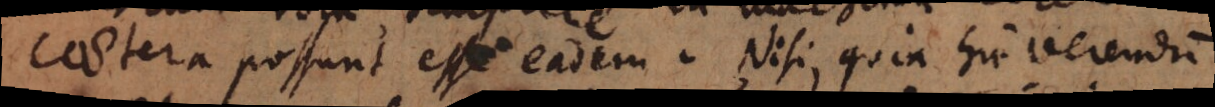
caetera possunt esse eadem. Nisi, quia hic verendum